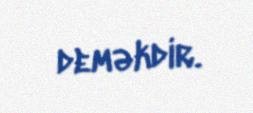
deməkdir.